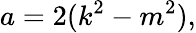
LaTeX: a=2(k^{2}-m^{2}),